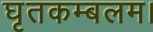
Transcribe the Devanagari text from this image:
घृतकम्बलम।